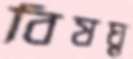
বিষঘ্ন